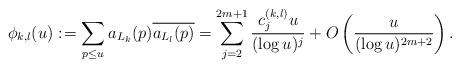
LaTeX: \begin{align*}\phi_{k,l}(u):\!&=\sum_{p\leq u}a_{L_k}(p)\overline{a_{L_l}(p)} =\sum_{j=2}^{2m+1}\frac{c^{(k,l)}_j u}{(\log u)^j} + O\left(\frac{u}{(\log u)^{2m+2}}\right).\end{align*}